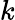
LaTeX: \mathcal{k}